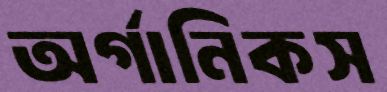
অর্গানিকস